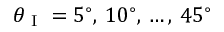
\theta _ { \textup { I } } = 5 ^ { \circ } , \, 1 0 ^ { \circ } , \, \ldots , \, 4 5 ^ { \circ }